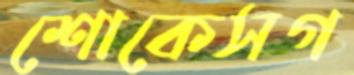
শোকেসগ